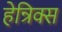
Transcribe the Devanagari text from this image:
हेन्रिक्स